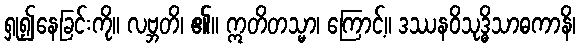
ရှု၍နေခြင်းကို။ လဗ္ဘတိ၊ ၏။ ဣတိတသ္မာ၊ ကြောင့်။ ဒဿနဝိသုဒ္ဓိသာဓကာနိ၊